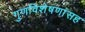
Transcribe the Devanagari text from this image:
गुणविशेषणांसह